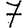
Digit: 7